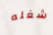
شغله